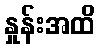
နှုန်းအထိ